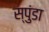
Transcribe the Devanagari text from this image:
स्पुंडा